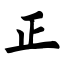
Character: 正